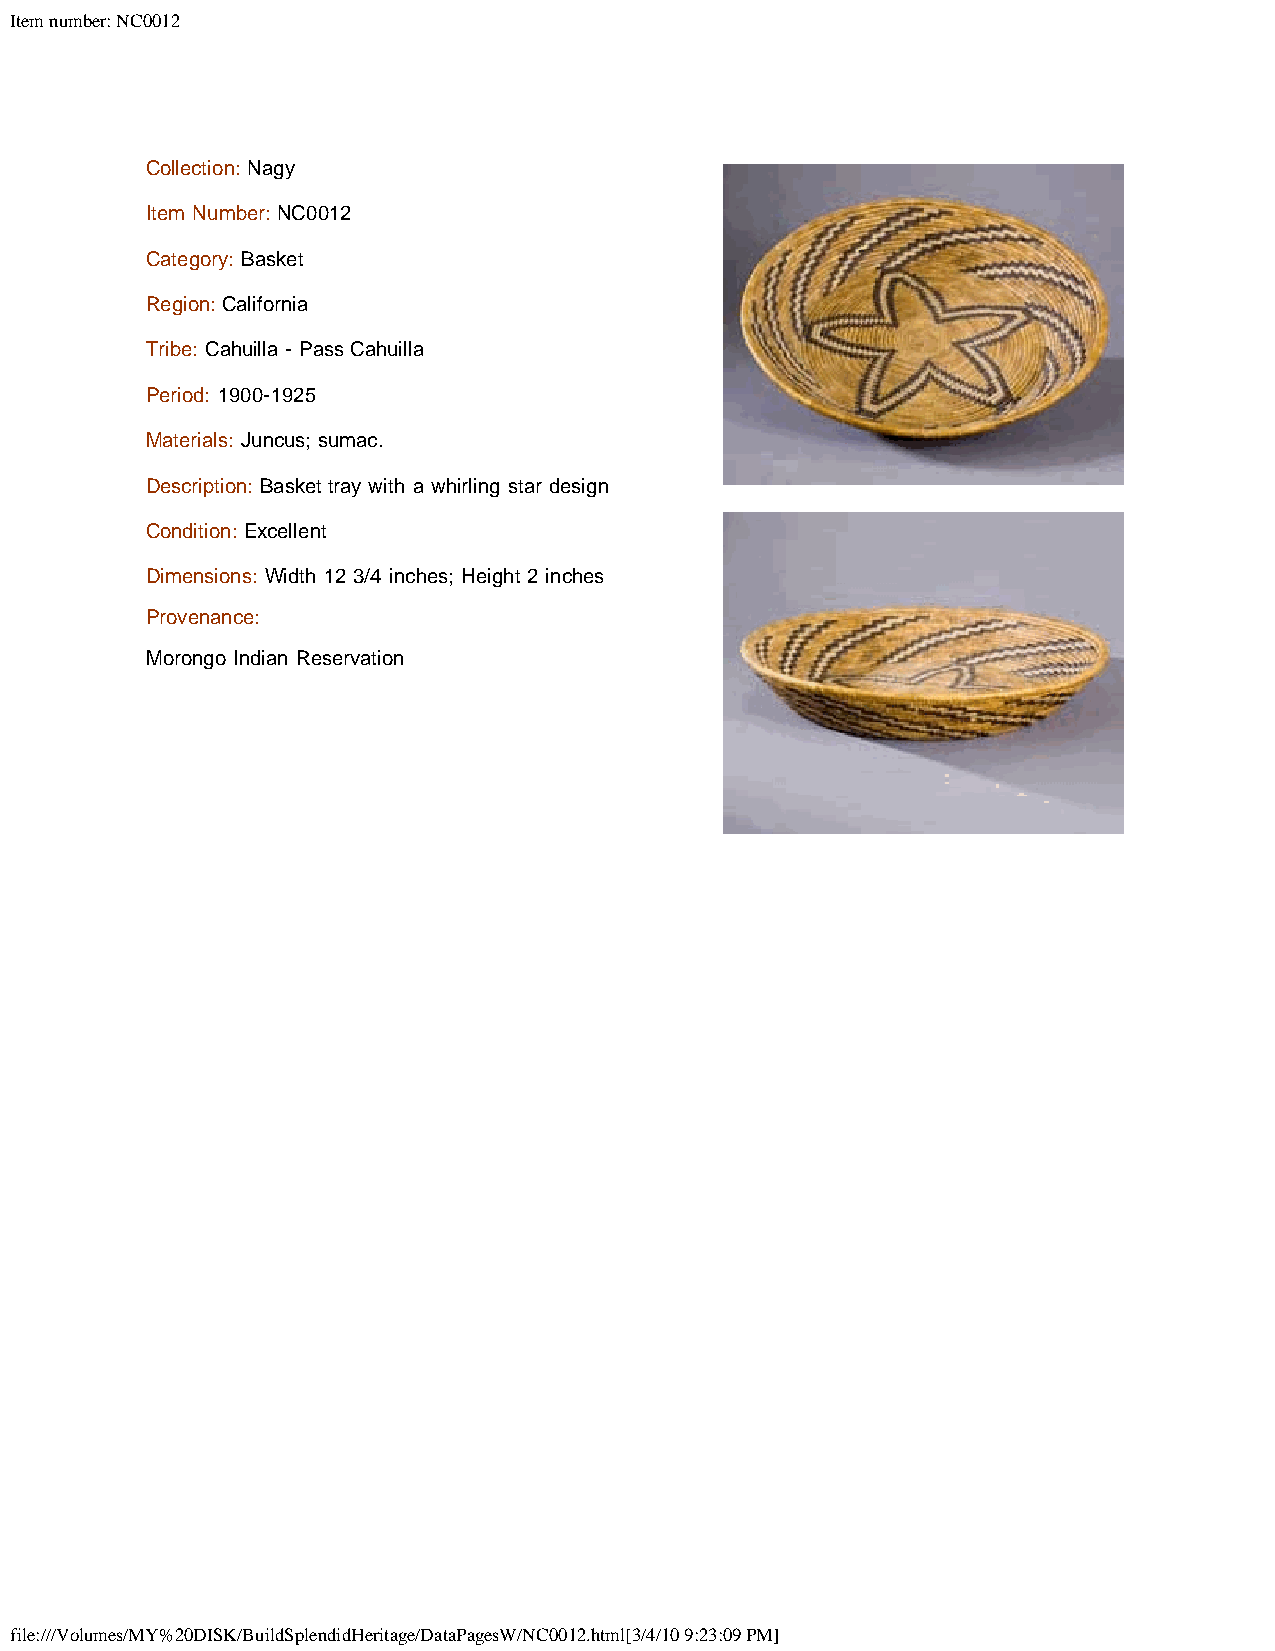
Item number: NC0012
 Collection: Nagy
 Item Number: NC0012
 Category: Basket
 Region: California
 Tribe: Cahuilla - Pass Cahuilla
 Period: 1900-1925
 Materials: Juncus; sumac.
 Description: Basket tray with a whirling star design
 Condition: Excellent
 Dimensions: Width 12 3/4 inches; Height 2 inches
 Provenance:
 Morongo Indian Reservation
 file:///Volumes/MY%20DISK/BuildSplendidHeritage/DataPagesW/NC0012.html[3/4/10 9:23:09 PM]